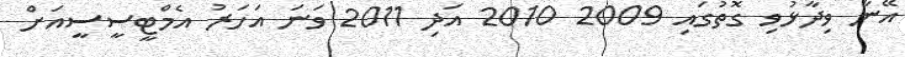
އޭނާ ވިދާޅުވި ގޮތުގައި 2009 2010 އަދި 2011 ވަނަ އަހަރު އެމްޓީސީސީއަށް